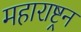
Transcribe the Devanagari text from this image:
महाराष्ट्रन